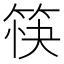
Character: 筷